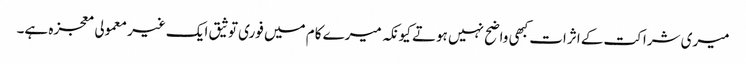
میری شراکت کے اثرات کبھی واضح نہیں ہوتے کیونکہ میرے کام میں فوری توثیق ایک غیر معمولی معجزہ ہے۔